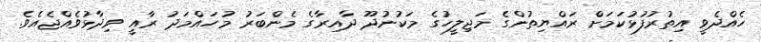
ހެއްދެވީ އިތުރުފުޅުކަމަށް ރައްޔިތުންގެ މަޖިލީހުގެ މަކުނުދޫ ދާއިރާގެ މެންބަރު މުހައްމަދު ރާއީ ވިދާޅުވެއްޖެއެވެ.